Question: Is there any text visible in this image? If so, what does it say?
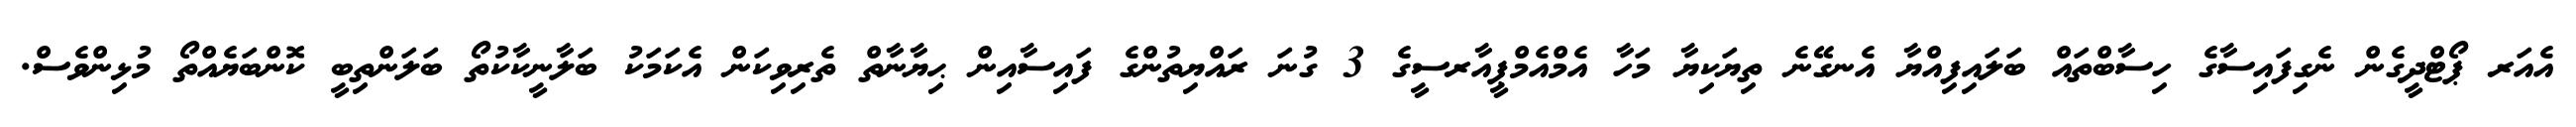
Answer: އެއަރ ޕޯޓްދީގެން ނެގިފައިސާގެ ހިސާބްތައް ބަލައިފިއްޔާ އެނގޭނެ ތިޔަކިޔާ މަހާ އެމްއެމްޕީއާރސީގެ 3 ގުނަ ރައްޔިތުންގެ ފައިސާއިން ޙިޔާނާތް ތެރިވިކަން އެކަމަކު ބަލާނީކާކުތޯ ބަލަންތިބީ ކޮންބަޔެއްތޯ މުޅިންވެސް.